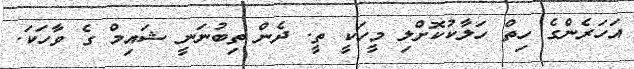
އަހަރެންގެ ހިތް ހަލާކުކޮށްލި މީހަކީ ތީ. ދެން ތިބުނަނީ ޝައިމް ގެ ވާހަކަ.